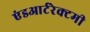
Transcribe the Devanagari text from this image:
एंडआर्टरेक्टमी